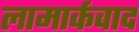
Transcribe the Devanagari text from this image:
लामार्कवाद